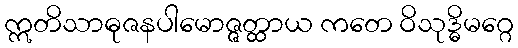
ဣတိသာဓုဇနပါမောဇ္ဇတ္ထာယ ကတေ ဝိသုဒ္ဓိမဂ္ဂေ